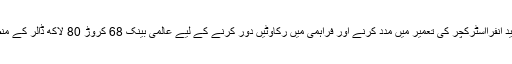
جمعرات 14 جون 2018 ء) پاکستان کو پانی اور بجلی کے جدید انفرااسٹرکچر کی تعمیر میں مدد کرنے اور فراہمی میں رکاوٹیں دور کرنے کے لیے عالمی بینک 68 کروڑ 80 لاکھ ڈالر کے منصوبوں میں سے 56 کروڑ 50 لاکھ ڈالر دینے پر راضی ہوگیا۔